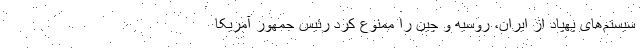
سیستم‌های پهپاد از ایران، روسیه و چین را ممنوع کرد رئیس جمهور آمریکا